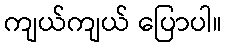
ကျယ်ကျယ် ပြောပါ။